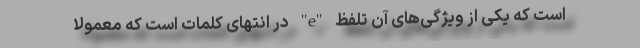
است که یکی از ویژگی‌های آن تلفظ "e" در انتهای کلمات است که معمولا